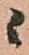
ニ